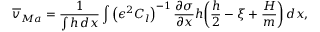
\overline { { v } } _ { M a } = \frac { 1 } { \int h \, d x } \int \left( \epsilon ^ { 2 } C _ { l } \right) ^ { - 1 } \frac { \partial \sigma } { \partial x } h \bigg ( \frac { h } { 2 } - \xi + \frac { H } { m } \bigg ) \, d x ,